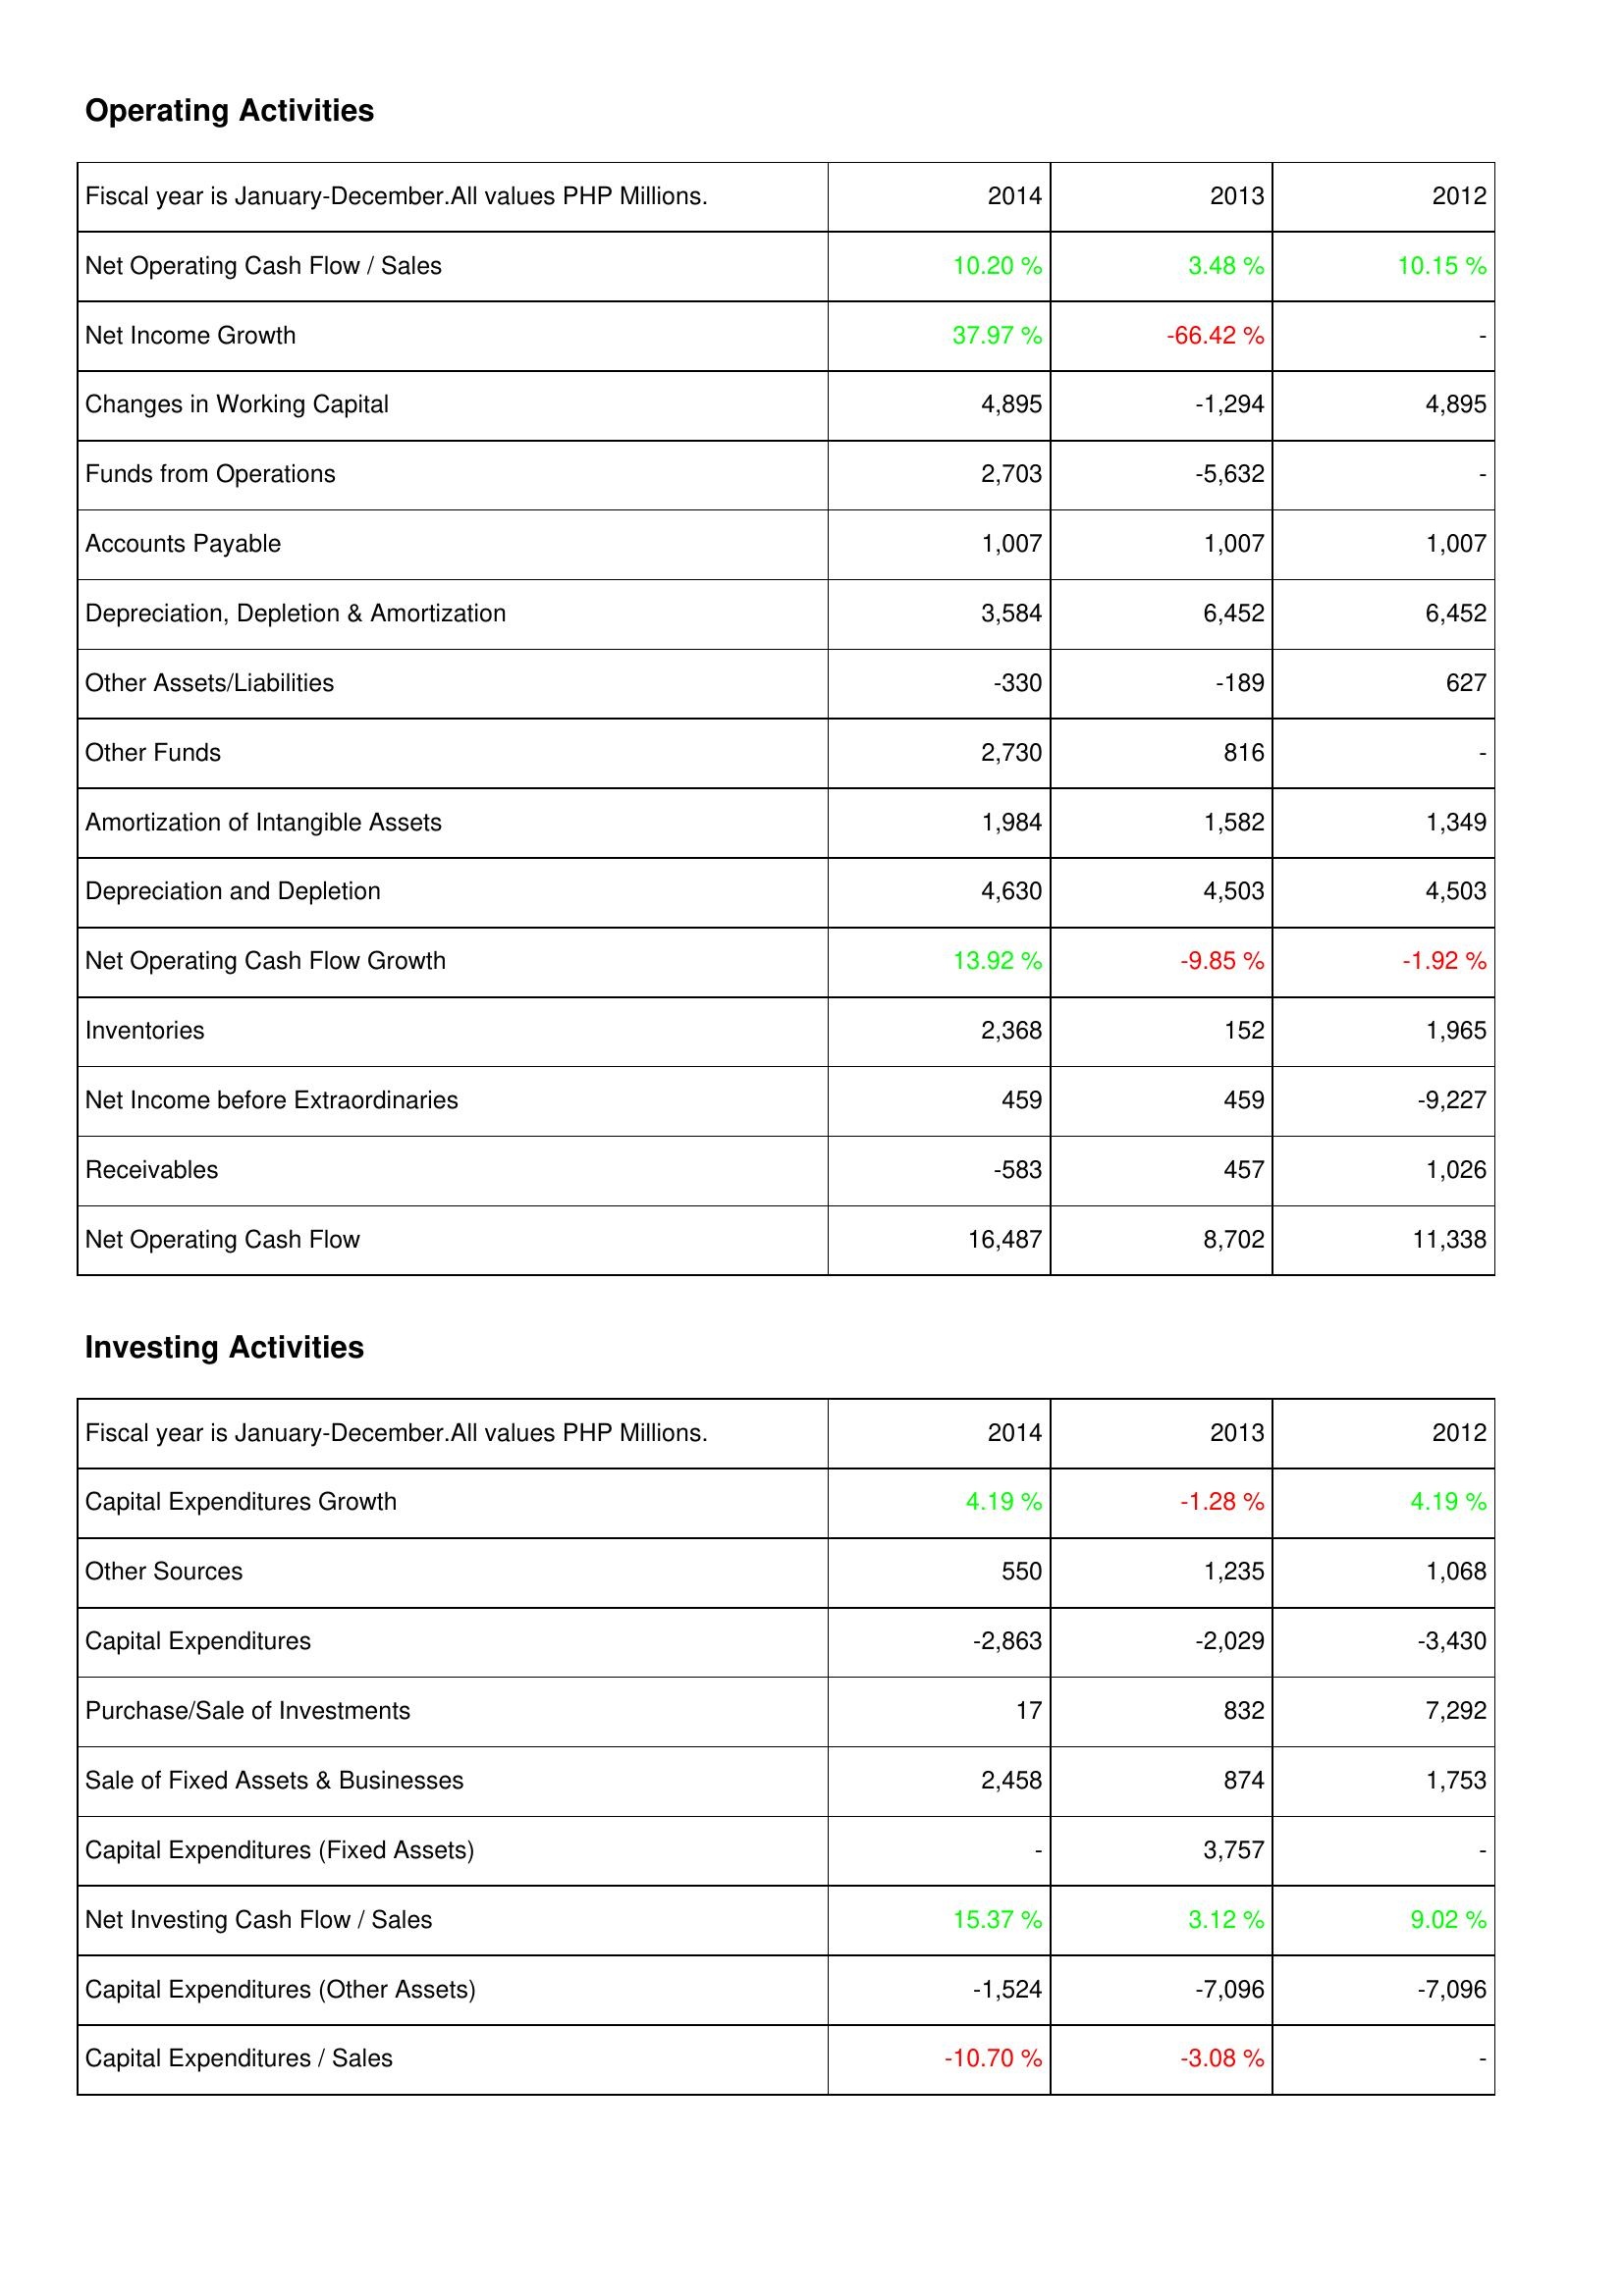
2014: Operating Activities: Net Operating Cash Flow / Sales: 10.20 %
Net Income Growth: 37.97 %
Changes in Working Capital: 4,895
Funds from Operations: 2,703
Accounts Payable: 1,007
Depreciation, Depletion & Amortization: 3,584
Other Assets/Liabilities: -330
Other Funds: 2,730
Amortization of Intangible Assets: 1,984
Depreciation and Depletion: 4,630
Net Operating Cash Flow Growth: 13.92 %
Inventories: 2,368
Net Income before Extraordinaries: 459
Receivables: -583
Net Operating Cash Flow: 16,487
Investing Activities: Capital Expenditures Growth: 4.19 %
Other Sources: 550
Capital Expenditures: -2,863
Purchase/Sale of Investments: 17
Sale of Fixed Assets & Businesses: 2,458
Capital Expenditures (Fixed Assets): -
Net Investing Cash Flow / Sales: 15.37 %
Capital Expenditures (Other Assets): -1,524
Capital Expenditures / Sales: -10.70 %
2013: Operating Activities: Net Operating Cash Flow / Sales: 3.48 %
Net Income Growth: -66.42 %
Changes in Working Capital: -1,294
Funds from Operations: -5,632
Accounts Payable: 1,007
Depreciation, Depletion & Amortization: 6,452
Other Assets/Liabilities: -189
Other Funds: 816
Amortization of Intangible Assets: 1,582
Depreciation and Depletion: 4,503
Net Operating Cash Flow Growth: -9.85 %
Inventories: 152
Net Income before Extraordinaries: 459
Receivables: 457
Net Operating Cash Flow: 8,702
Investing Activities: Capital Expenditures Growth: -1.28 %
Other Sources: 1,235
Capital Expenditures: -2,029
Purchase/Sale of Investments: 832
Sale of Fixed Assets & Businesses: 874
Capital Expenditures (Fixed Assets): 3,757
Net Investing Cash Flow / Sales: 3.12 %
Capital Expenditures (Other Assets): -7,096
Capital Expenditures / Sales: -3.08 %
2012: Operating Activities: Net Operating Cash Flow / Sales: 10.15 %
Net Income Growth: -
Changes in Working Capital: 4,895
Funds from Operations: -
Accounts Payable: 1,007
Depreciation, Depletion & Amortization: 6,452
Other Assets/Liabilities: 627
Other Funds: -
Amortization of Intangible Assets: 1,349
Depreciation and Depletion: 4,503
Net Operating Cash Flow Growth: -1.92 %
Inventories: 1,965
Net Income before Extraordinaries: -9,227
Receivables: 1,026
Net Operating Cash Flow: 11,338
Investing Activities: Capital Expenditures Growth: 4.19 %
Other Sources: 1,068
Capital Expenditures: -3,430
Purchase/Sale of Investments: 7,292
Sale of Fixed Assets & Businesses: 1,753
Capital Expenditures (Fixed Assets): -
Net Investing Cash Flow / Sales: 9.02 %
Capital Expenditures (Other Assets): -7,096
Capital Expenditures / Sales: -